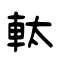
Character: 軚